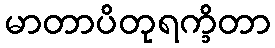
မာတာပိတုရက္ခိတာ